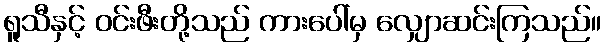
ရူသီနှင့် ဝင်းဖီးတို့သည် ကားပေါ်မှ လျှောဆင်းကြသည်။